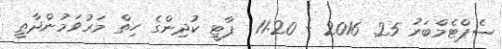
ސެޕްޓެމްބަރު 25